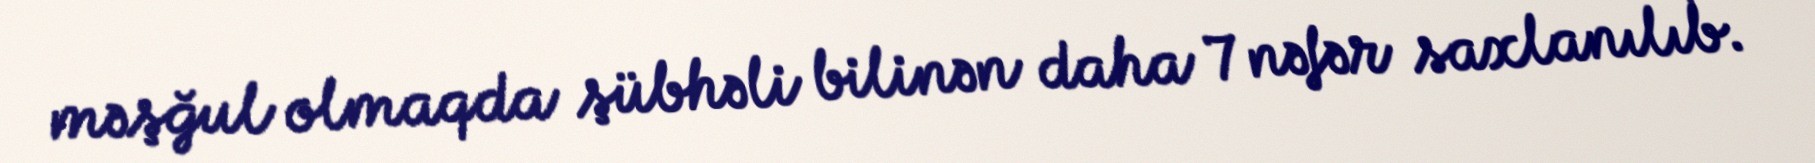
məşğul olmaqda şübhəli bilinən daha 7 nəfər saxlanılıb.